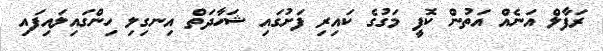
ރަފާލް އަނެއް އަތުން ކޮފީ މަގުގެ ކައިރި ފަށުގައި ޝަހާދަތް އިނގިލި ހިންގައިލައިފައި